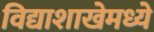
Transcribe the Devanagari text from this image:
विद्याशाखेमध्ये